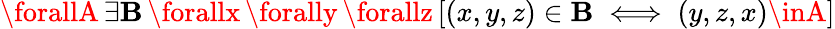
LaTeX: \forallA\, \exists\mathbf{B}\, \forallx\, \forally\, \forallz\, [(x,y,z)\in\mathbf{B}\iff(y,z,x)\inA]